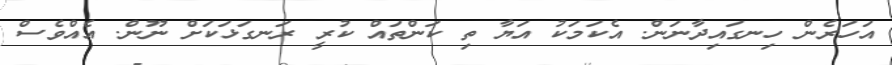
އަހަރެން ހިނގައިދާނަން. އެކަމަކު އަޔާ ތި ކަންތައް ކުރީ ރަނގަޅަކަށް ނޫން. އެއްވެސް